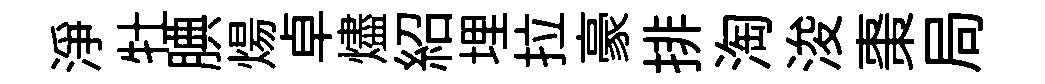
淨牡腆煬卓燼紹埋拉豪排淘浚棗局